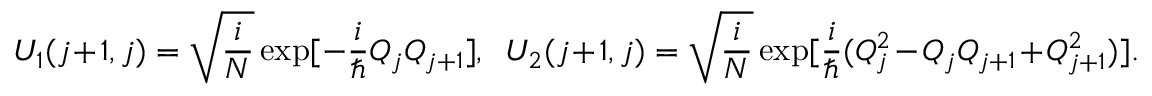
U _ { 1 } ( j + 1 , j ) = \sqrt { \frac { i } { \cal N } } \exp [ - \frac { i } { \hbar } Q _ { j } Q _ { j + 1 } ] , ~ ~ U _ { 2 } ( j + 1 , j ) = \sqrt { \frac { i } { \cal N } } \exp [ \frac { i } { \hbar } ( Q _ { j } ^ { 2 } - Q _ { j } Q _ { j + 1 } + Q _ { j + 1 } ^ { 2 } ) ] .